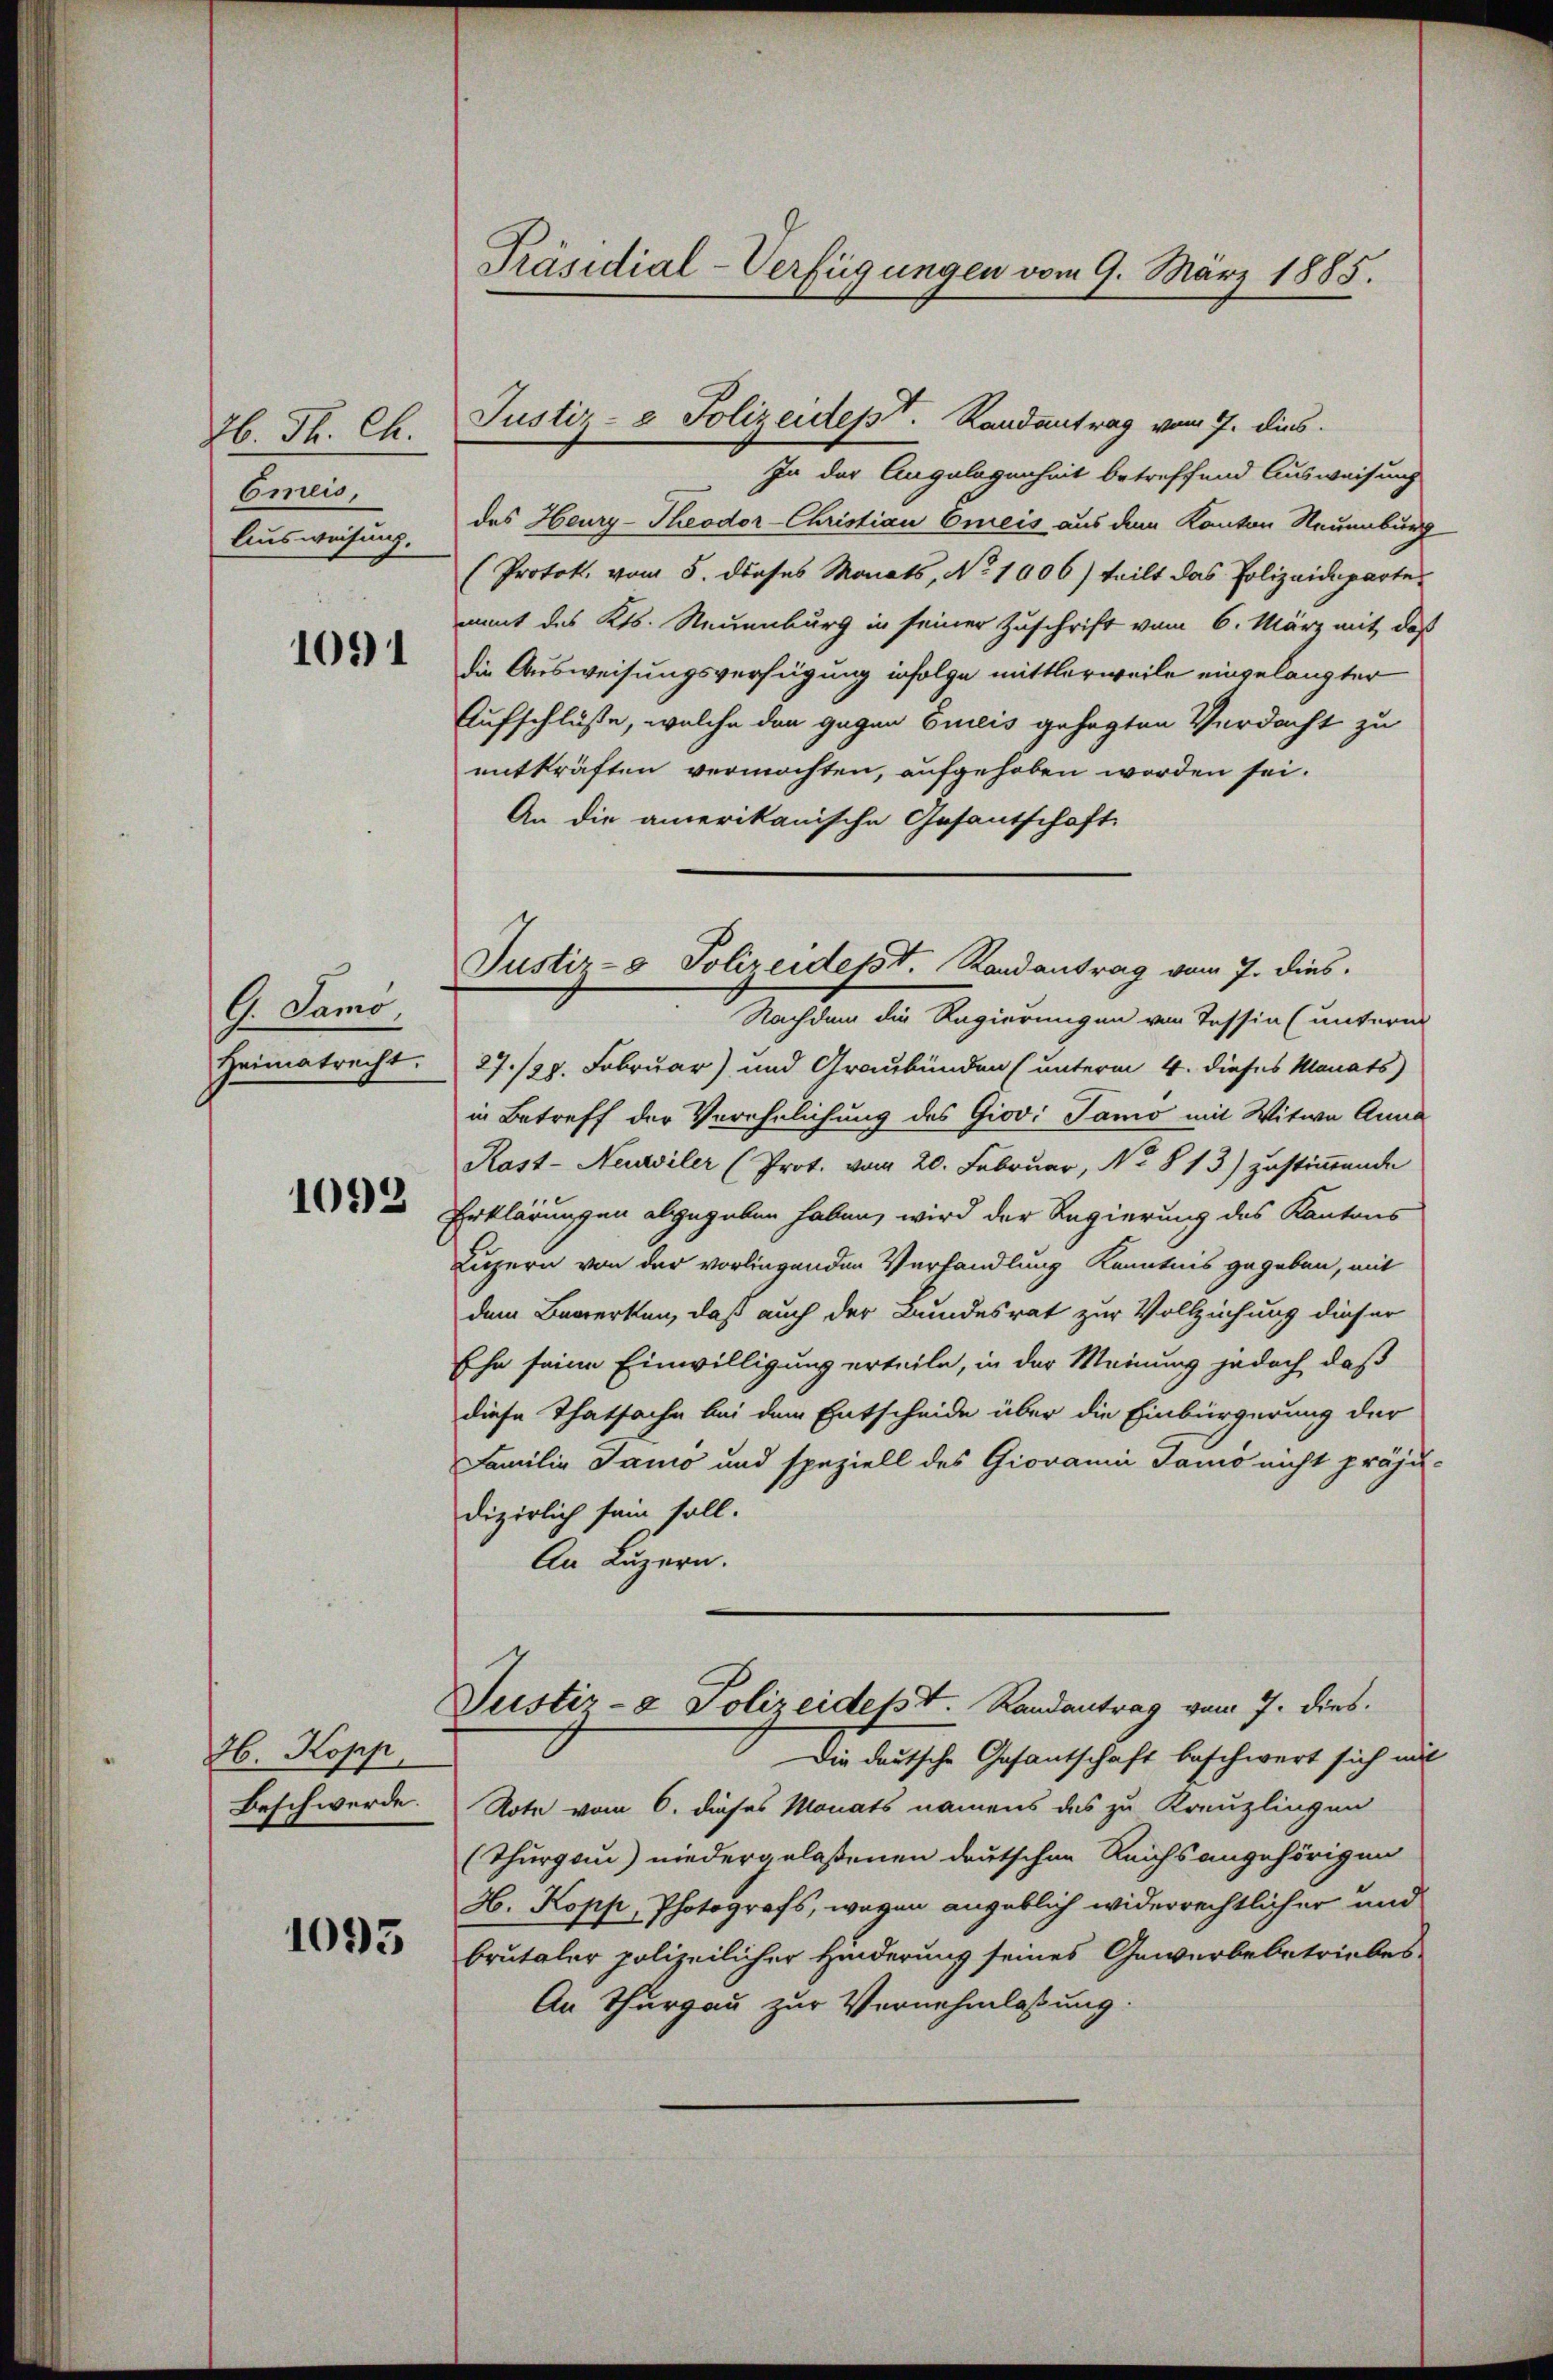
2b. Th. Ch.
Emeis,
Ausweisung.

1091

G. Samo,
Heimatrecht.

1092

Jb. Kopp,
Beschwerde.

1093

Präsidial-Verfügungen vom 9. März 1885.

Justiz- & Polizeidesst. Randantrag vom 7. dies

Justiz- & Polizeidesst. Randantrag vom 7. dies.

In der Angelegenheit betreffend Ausweisung
des Heury-Theodor-Christian Creis aus dem Kanton Neuenburg
Protok. vom 5. dieses Monats, No 1006) teilt das Polizeideparte
mmit des Kts. Neuenburg in seiner Zuschrift vom 6. März mit, daß
die Ausweisungsverfügung infolge mittlerweile eingelangter
Aufschlüsse, welche den gegen Eureis gesagten Verdacht zu
entkräften vermöchten, aufgehoben worden sei.
An die amerikanische Gesantschaft
Nachdem die Regierungen von Tessin (unterm
27./29. Februar) und Graubünden (unterm 4. dieses Monats
in Betreff der Verehelichung des Giovi Tamo mit Witwe Anna
Rast- Neuviler (Prot. vom 20. Februar, No. 813) zustimmende
Erklärungen abgegeben haben, wird der Regierung des Kantons
Luzern von der vorliegenden Verhandlung Kenntnis gegeben, mit
dem Bewerken, daß auch der Bundesrat zur Vollziehung dieser
Ehe seine Einwilligung erteile, in der Meinung jedoch daß
diese Thatsache bei dem Entscheide über die Einbürgerung der
Familie Janio und speziell des Giovanni Tamó nicht präju-
dizierlich sein soll.
An Luzern.
Justiz- & Polizeides Randantrag vom 7. dies.
Die deutsche Gesantschaft beschwert sich mit
Note vom 6. dieses Monats namens des zu Kreuzlingen
(Thurgau) niedergelaßenen deutschen Reichs angehörigen
H. Kopp, Photografs, wegen angeblich widerrechtlicher und
brutaler polizeilicher Hinderung seines Gewerbebetriebes
An Thurgau zur Vernehmlassung